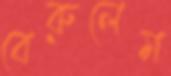
বেরুলেম